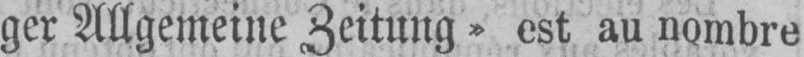
ger Allgemeine Zeitung» est au nombre